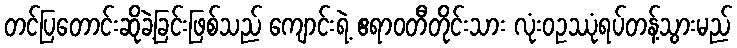
တင်ပြတောင်းဆိုခဲ့ခြင်းဖြစ်သည် ကျောင်းရဲ့ ဧရာဝတီတိုင်းသား လုံးဝဥဿုံရပ်တန့်သွားမည်